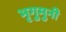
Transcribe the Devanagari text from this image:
भृगुमुनी